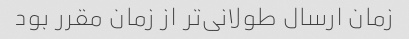
زمان ارسال طولانی‌تر از زمان مقرر بود